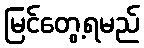
မြင်တွေ့ရမည်